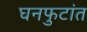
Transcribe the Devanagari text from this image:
घनफुटांत